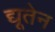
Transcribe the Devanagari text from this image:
द्यूतेन